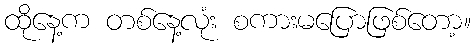
ထိုနေ့က တစ်နေ့လုံး စကားမပြောဖြစ်တော့။